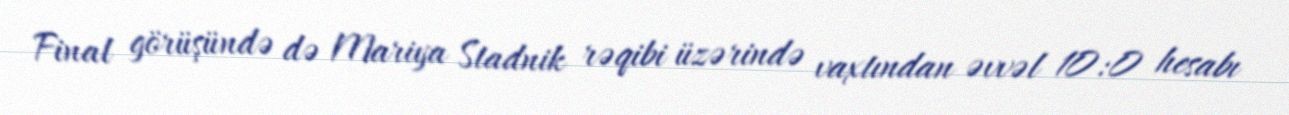
Final görüşündə də Mariya Stadnik rəqibi üzərində vaxtından əvvəl 10:0 hesabı